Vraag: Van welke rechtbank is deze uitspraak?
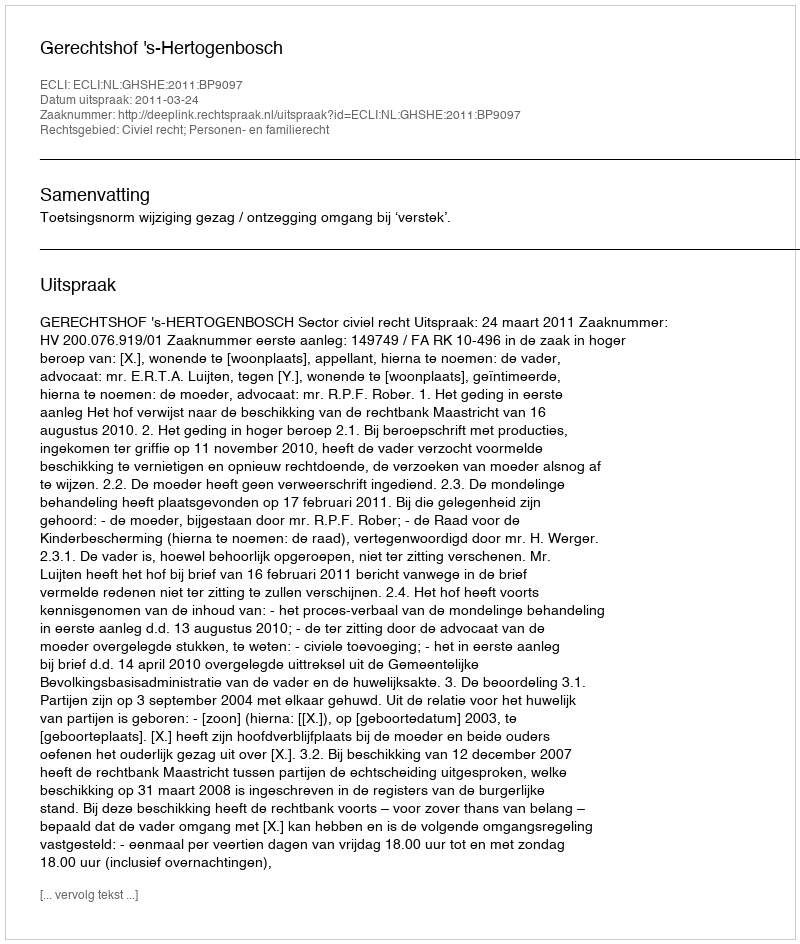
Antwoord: Gerechtshof 's-Hertogenbosch